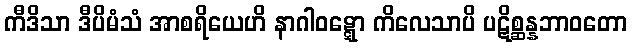
ကီဒိသာ ဒီပိမံသံ အာစရိယေဟိ နာဂါဝဋ္ဋော ကိလေသာပိ ပဋိစ္ဆန္နဘာဝတော